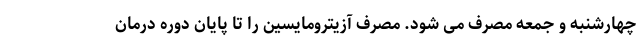
چهارشنبه و جمعه مصرف می شود. مصرف آزیترومایسین را تا پایان دوره درمان